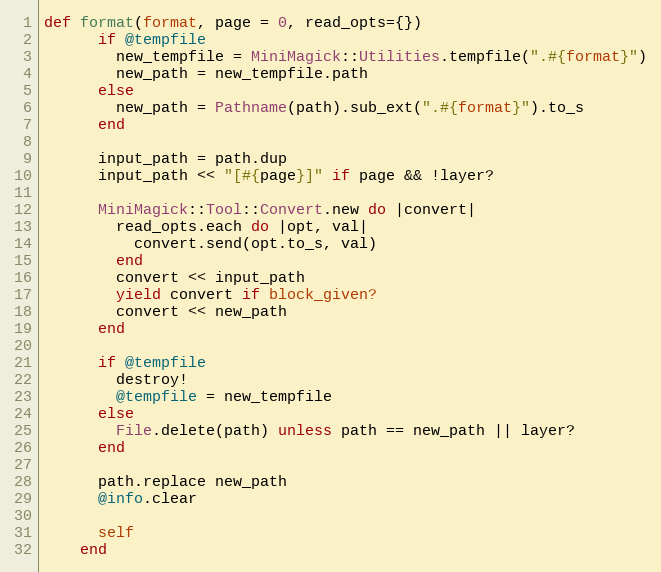
Language: Ruby
def format(format, page = 0, read_opts={})
      if @tempfile
        new_tempfile = MiniMagick::Utilities.tempfile(".#{format}")
        new_path = new_tempfile.path
      else
        new_path = Pathname(path).sub_ext(".#{format}").to_s
      end

      input_path = path.dup
      input_path << "[#{page}]" if page && !layer?

      MiniMagick::Tool::Convert.new do |convert|
        read_opts.each do |opt, val|
          convert.send(opt.to_s, val)
        end
        convert << input_path
        yield convert if block_given?
        convert << new_path
      end

      if @tempfile
        destroy!
        @tempfile = new_tempfile
      else
        File.delete(path) unless path == new_path || layer?
      end

      path.replace new_path
      @info.clear

      self
    end